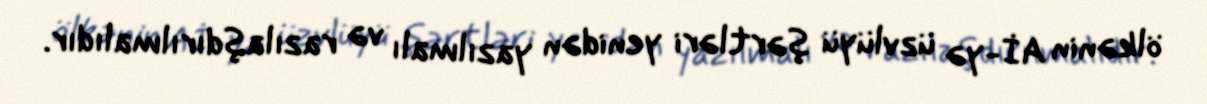
ölkənin Aİ-yə üzvlüyü şərtləri yenidən yazılmalı və razılaşdırılmalıdır.